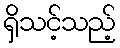
ရှိသင့်သည့်